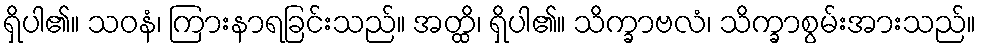
ရှိပါ၏။ သဝနံ၊ ကြားနာရခြင်းသည်။ အတ္ထိ၊ ရှိပါ၏။ သိက္ခာဗလံ၊ သိက္ခာစွမ်းအားသည်။